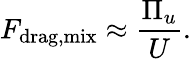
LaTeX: F_{\mathrm{drag,mix}}\approx\frac{\Pi_{u}}{U}.